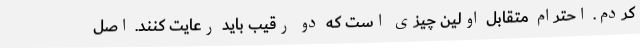
کردم. احترام متقابل اولین چیزی است که دو رقیب باید رعایت کنند. اصل